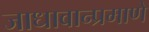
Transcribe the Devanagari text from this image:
जाधावान्प्रमाणे